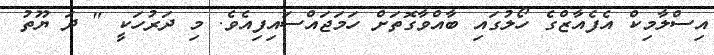
އިސްލާމިކް އެފެއާޒްގެ ހޯލުގައި ބާއްވާގޮތަށް ހަމަޖައްސައިފިއެވެ. މި ދަރުހަކީ " ދަ ޔޫތު